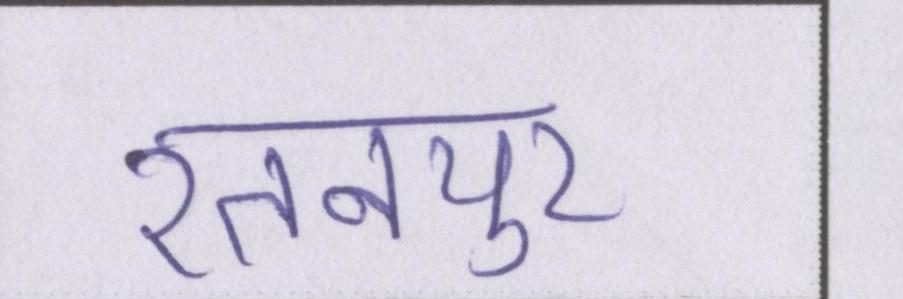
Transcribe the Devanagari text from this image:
रतनपुर